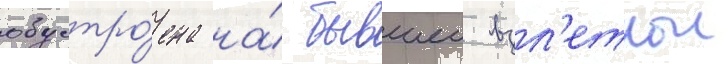
обустро́ена на́ бывшеи взл'етнои